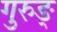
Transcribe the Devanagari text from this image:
गुरुङ्